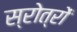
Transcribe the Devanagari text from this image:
स्रोत्रों